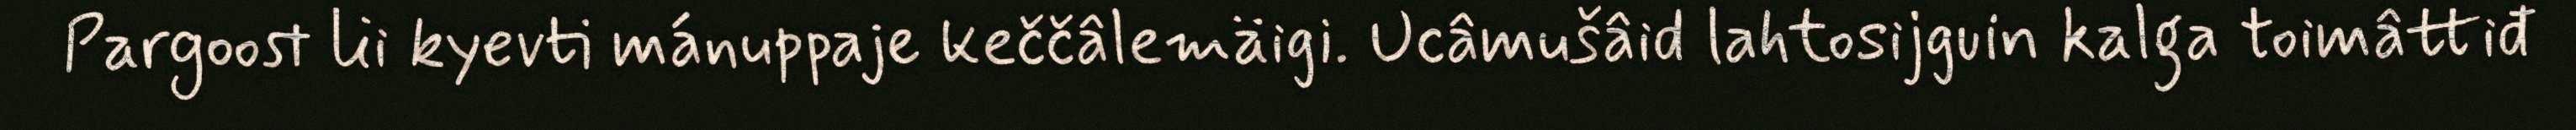
Pargoost lii kyevti mánuppaje keččâlemäigi. Ucâmušâid lahtosijguin kalga toimâttiđ